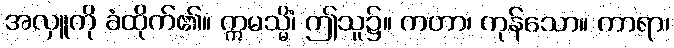
အလှူကို ခံထိုက်၏။ ဣမသ္မိံ၊ ဤသူ၌။ ကတာ၊ ကုန်သော။ ကာရာ၊